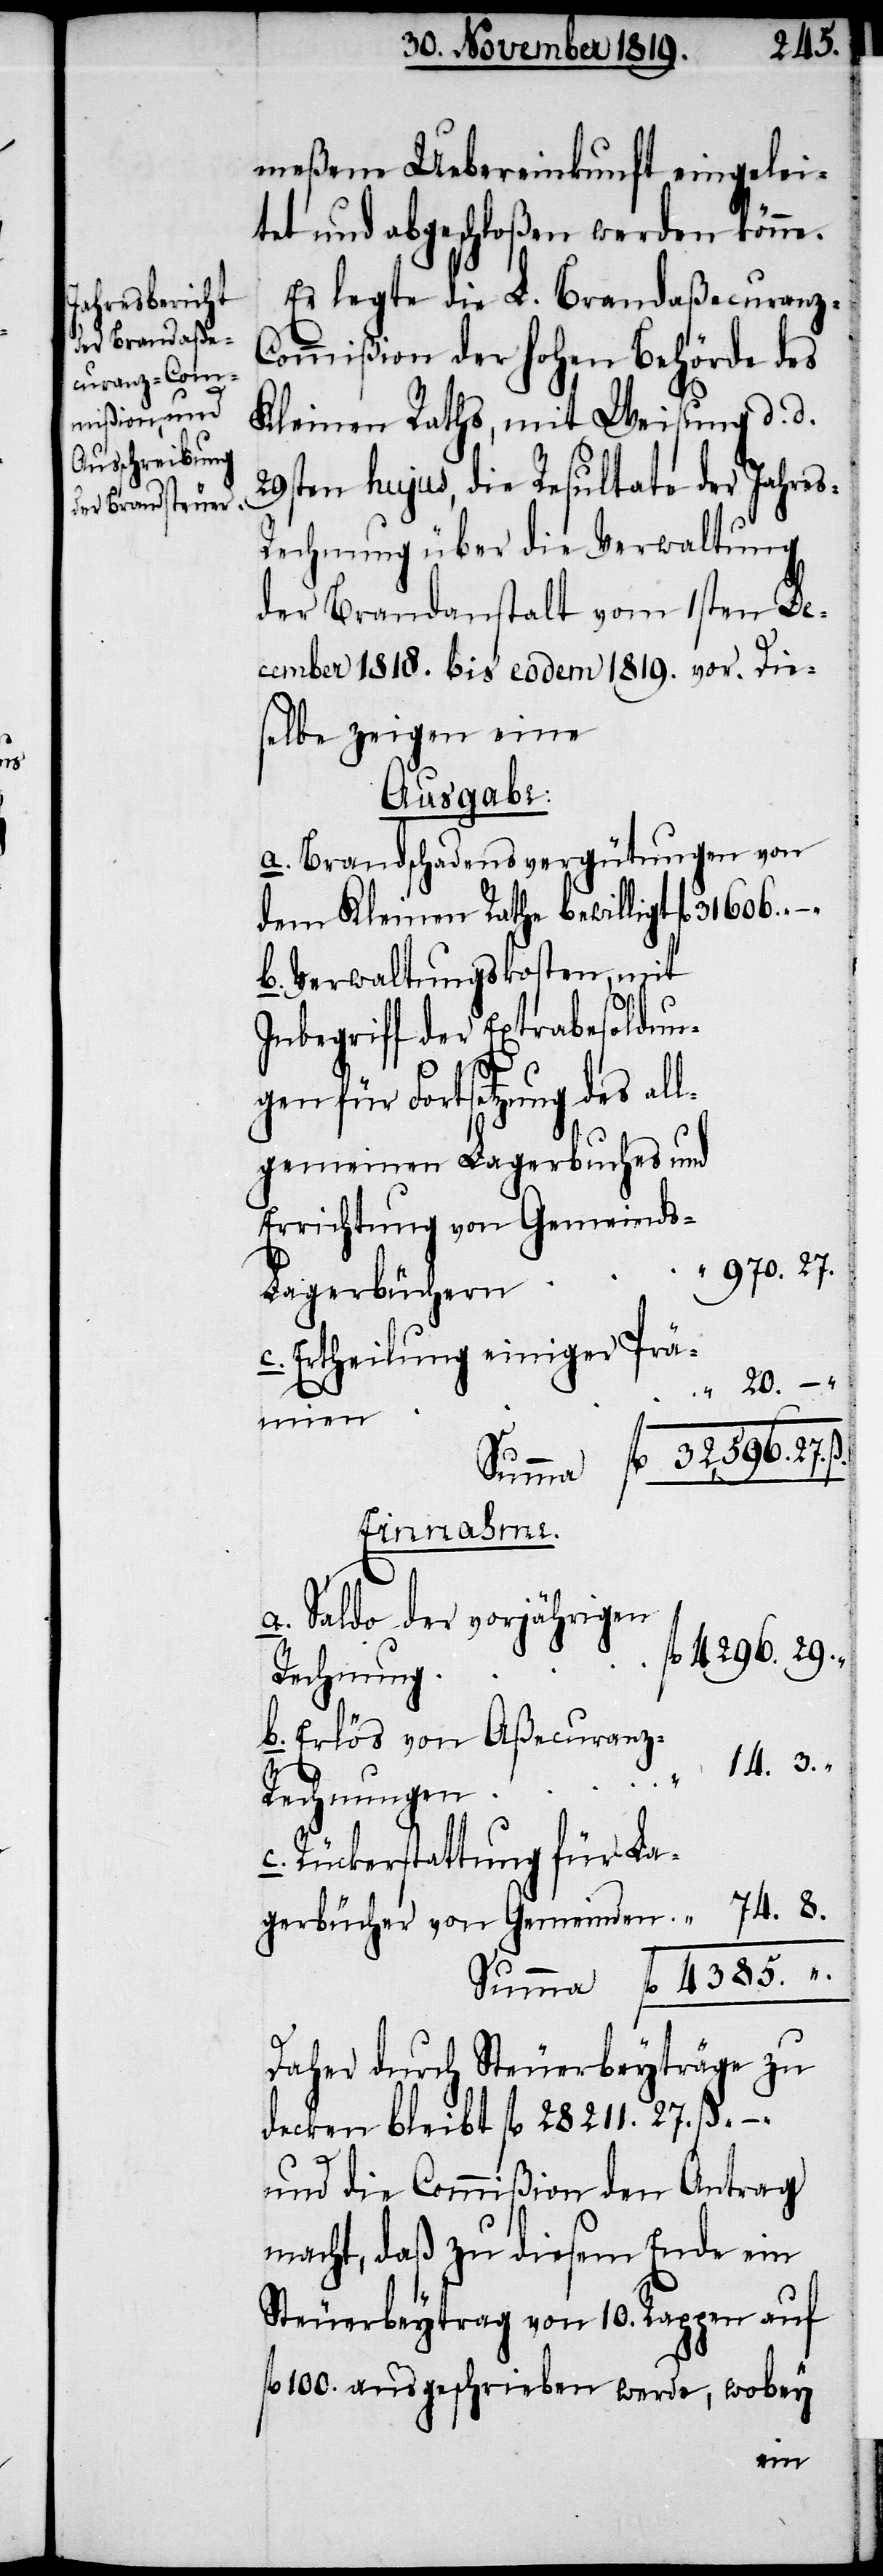
14. 3.
meßene Uebereinkunft eingelei¬
tet und abgeschloßen werden könne.
Es legte die L. Brandaßecuranz-C¬
ommißion der hohen Behörde des
Kleinen Raths, mit Weisung d. d.
29sten hujus, die Resultate der Jahre¬
echnung über die Verwaltung
der Brandanstalt vom 1sten De¬
cember 1818. bis eodem 1819. vor. Die¬
selbe zeigen eine
Ausgabe:
a. Brandschadensvergütungen von
dem Kleinen Rathe bewillligt 	fl.
b. Verwaltungskosten, mit
Inbegriff der Extrabesoldung¬
en für Fortsetzung des al¬
lgemeinen Lagerbuches und
Errichtung von Gemeinds-L¬
970. 27.
agerbüchern		"
c. Ertheilung einiger
Summa fl. 32596. 27.
Einnahme.
–
a. Saldo der vorjährigen
4296. 29.
c.
Rückerstattung für La¬
gerbücher von Gemeinden				" 74. 8.
Summa fl. 4385. " .
Daher durch Steuerbeyträge zu
decken bleibt fl. 28211. 27. ß. –.
und die Commißion den Antrag
macht, daß zu diesem Ende ein
Steuerbeytrag von 10. Rappen auf
fl. 100. ausgeschrieben werde, wobey